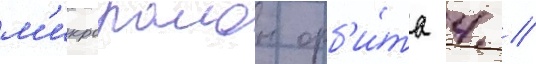
м'икрораион орб'и́та 4 //